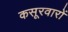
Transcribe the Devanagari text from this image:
कसूरवारों